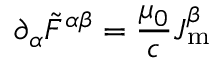
\partial _ { \alpha } { { \tilde { F } } ^ { \alpha \beta } } = { \frac { \mu _ { 0 } } { c } } J _ { \mathrm { m } } ^ { \beta }